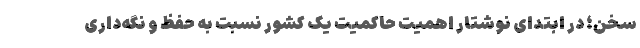
سخن؛ در ابتدای نوشتار اهمیت حاکمیت یک کشور نسبت به حفظ و نگه‌داری